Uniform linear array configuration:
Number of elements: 48
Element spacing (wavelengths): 0.5
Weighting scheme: hamming
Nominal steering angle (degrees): -15
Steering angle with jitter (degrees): -15.106
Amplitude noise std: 0.05
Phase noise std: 0.05

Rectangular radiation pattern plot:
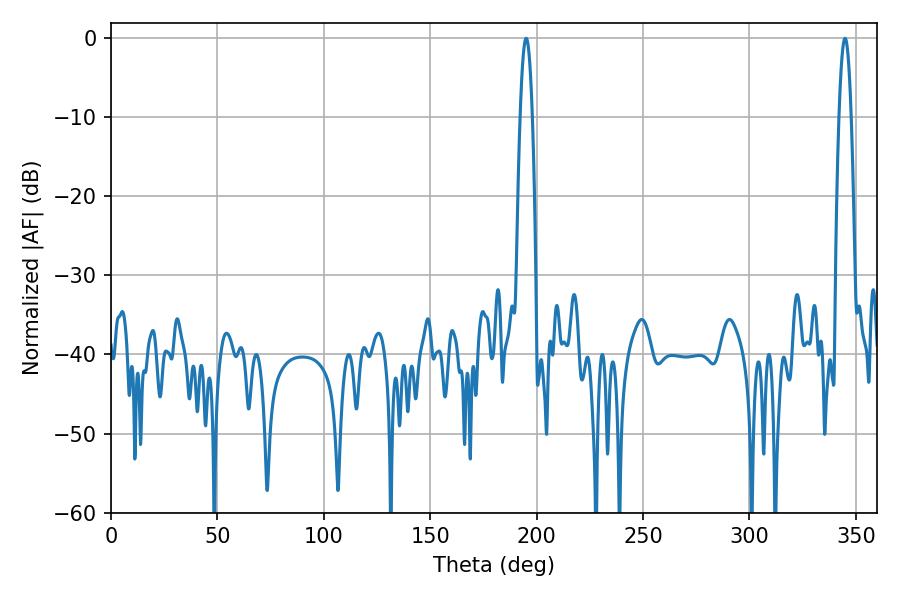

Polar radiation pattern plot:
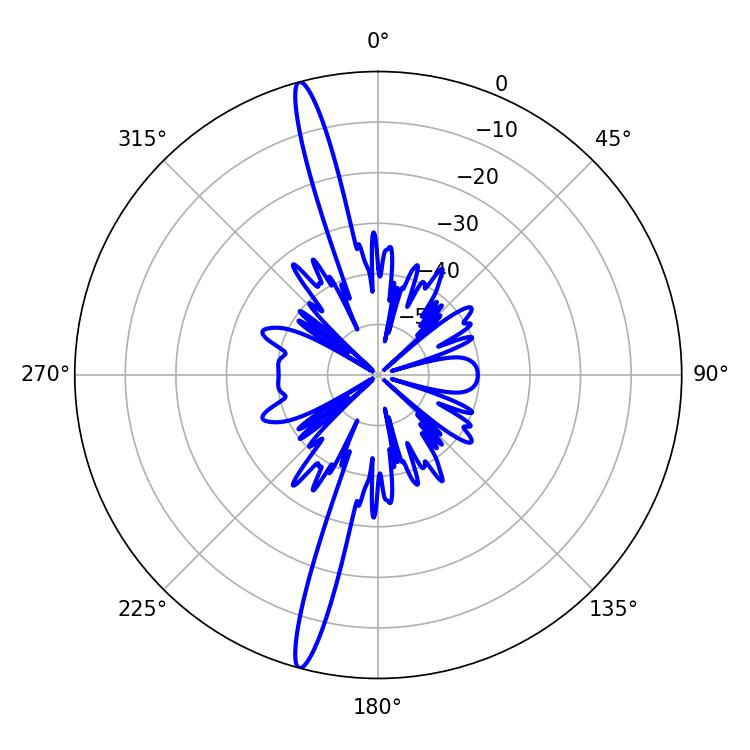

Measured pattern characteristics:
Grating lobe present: FALSE
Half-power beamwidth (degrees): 3.06
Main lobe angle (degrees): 344.88